Problem: 36 + 2 = ?
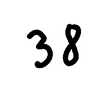
Handwritten answer: 38